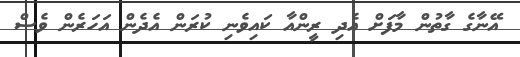
އޭނާގެ ގާތުން މާފަށް އެދި ރީންއާ ކައިވެނި ކުރަން އެދެން އަހަރެން ވެސް